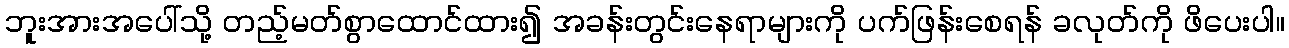
ဘူးအားအပေါ်သို့ တည့်မတ်စွာထောင်ထား၍ အခန်းတွင်းနေရာများကို ပက်ဖြန်းစေရန် ခလုတ်ကို ဖိပေးပါ။